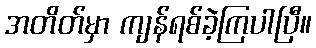
အတိတ်မှာ ကျန်ရစ်ခဲ့ကြပါပြီ။